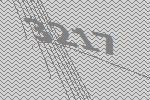
3217